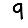
Digit: 9